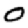
Digit: 0